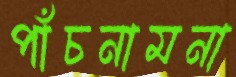
পাঁচনামনা